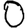
Digit: 0